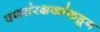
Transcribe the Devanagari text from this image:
वनसंरक्षकांकडून